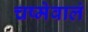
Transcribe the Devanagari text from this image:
चष्मेवालं